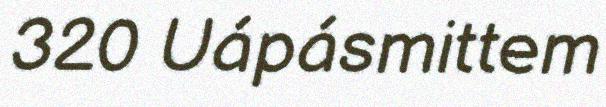
320 Uápásmittem